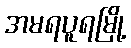
အမရပူရမြို့